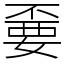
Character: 嫑